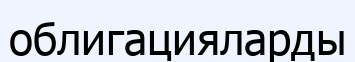
облигацияларды